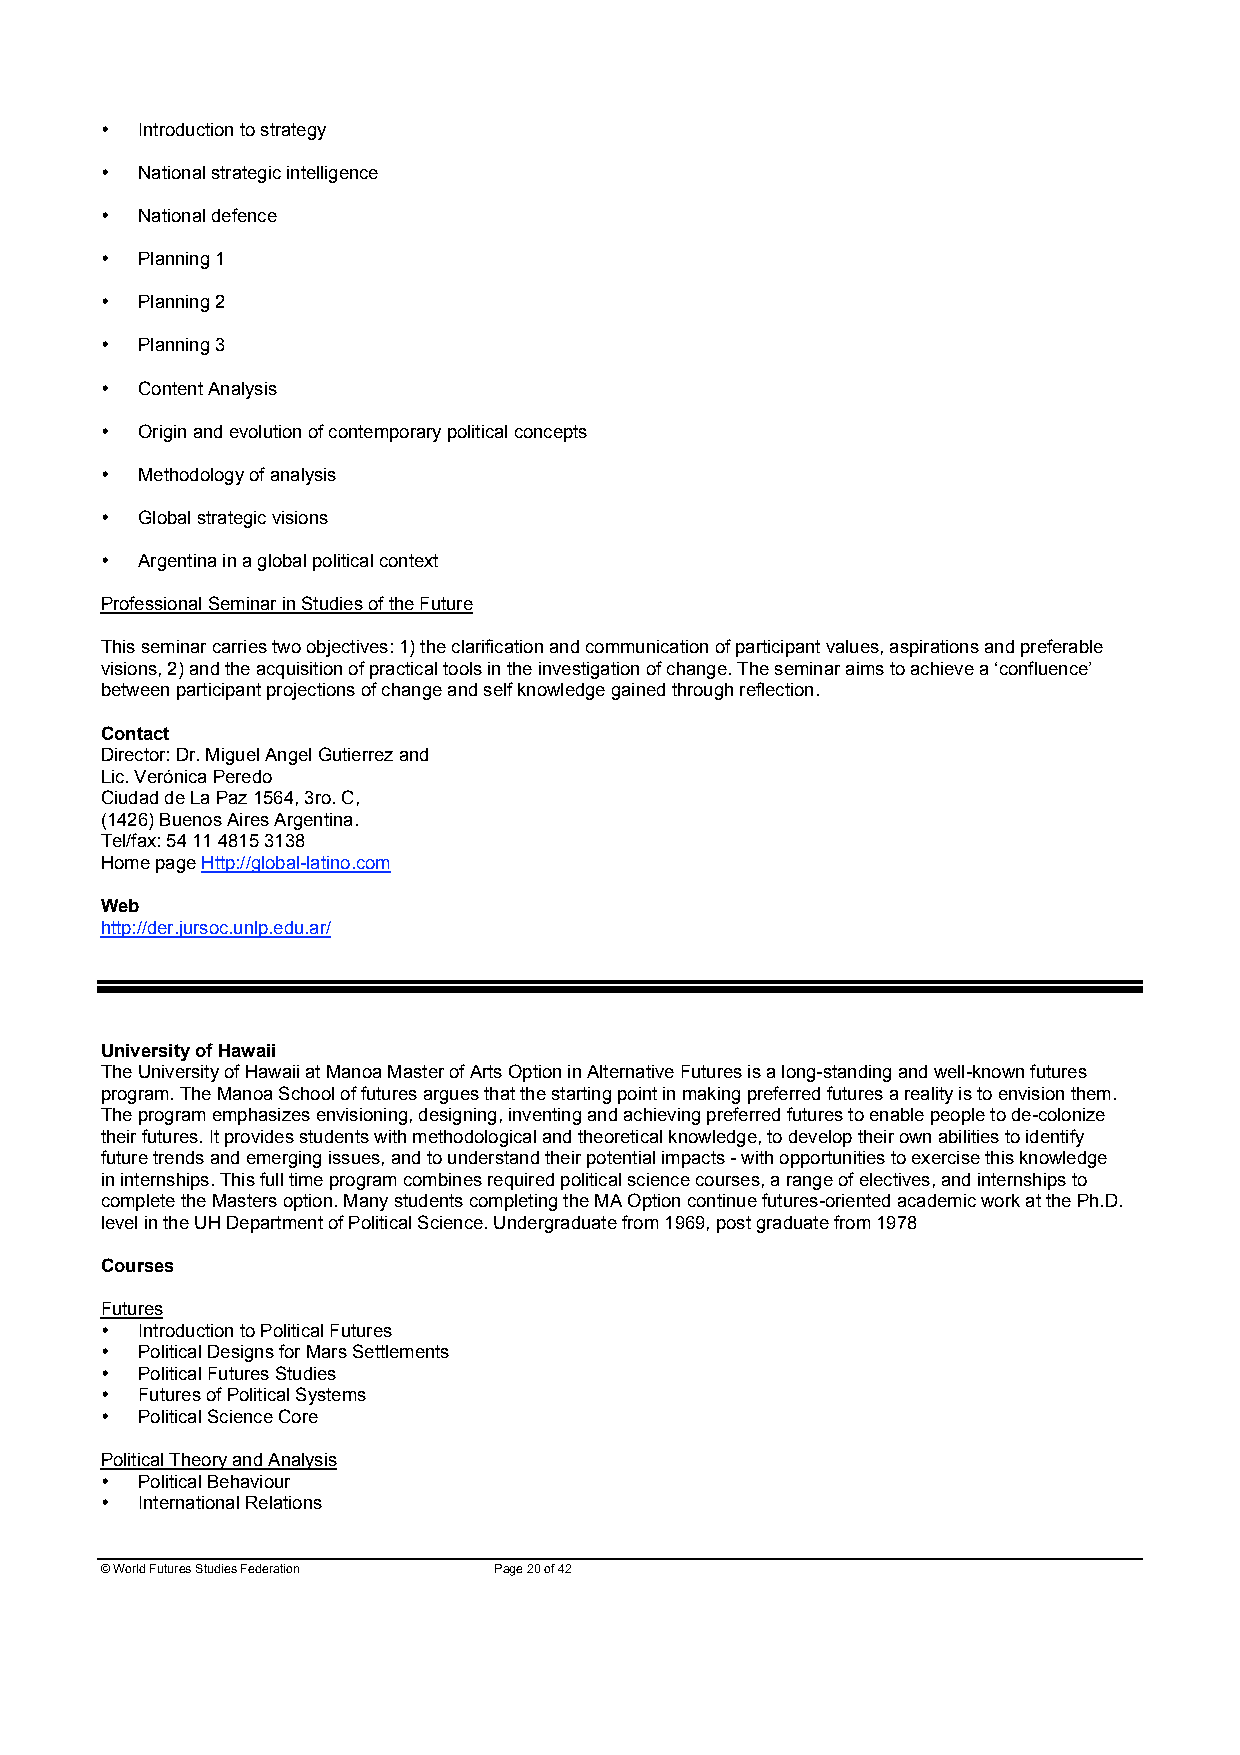
• Introduction to strategy
 • National strategic intelligence
 • National defence
 • Planning 1
 • Planning 2
 • Planning 3
 • Content Analysis
 • Origin and evolution of contemporary political concepts
 • Methodology of analysis
 • Global strategic visions
 • Argentina in a global political context
 Professional Seminar in Studies of the Future
 This seminar carries two objectives: 1) the clarification and communication of participant values, aspirations and preferable
 visions, 2) and the acquisition of practical tools in the investigation of change. The seminar aims to achieve a ‘confluence’
 between participant projections of change and self knowledge gained through reflection.
 Contact
 Director: Dr. Miguel Angel Gutierrez and
 Lic. Verónica Peredo
 Ciudad de La Paz 1564, 3ro. C,
 (1426) Buenos Aires Argentina.
 Tel/fax: 54 11 4815 3138
 Home page Http://global-latino.com
 Web
 http://der.jursoc.unlp.edu.ar/
 University of Hawaii
 The University of Hawaii at Manoa Master of Arts Option in Alternative Futures is a long-standing and well-known futures
 program. The Manoa School of futures argues that the starting point in making preferred futures a reality is to envision them.
 The program emphasizes envisioning, designing, inventing and achieving preferred futures to enable people to de-colonize
 their futures. It provides students with methodological and theoretical knowledge, to develop their own abilities to identify
 future trends and emerging issues, and to understand their potential impacts - with opportunities to exercise this knowledge
 in internships. This full time program combines required political science courses, a range of electives, and internships to
 complete the Masters option. Many students completing the MA Option continue futures-oriented academic work at the Ph.D.
 level in the UH Department of Political Science. Undergraduate from 1969, post graduate from 1978
 Courses
 Futures
 • Introduction to Political Futures
 • Political Designs for Mars Settlements
 • Political Futures Studies
 • Futures of Political Systems
 • Political Science Core
 Political Theory and Analysis
 • Political Behaviour
 • International Relations
 © World Futures Studies Federation Page 20 of 42